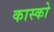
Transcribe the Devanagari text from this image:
कास्को